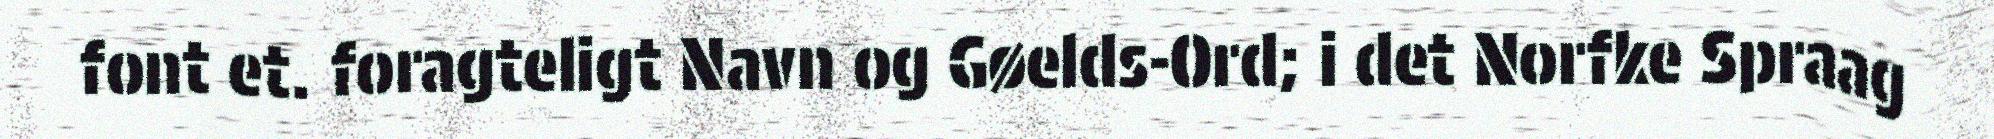
font et. foragteligt Navn og Gøelds-Ord; i det Norfke Spraag